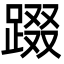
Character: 䟾